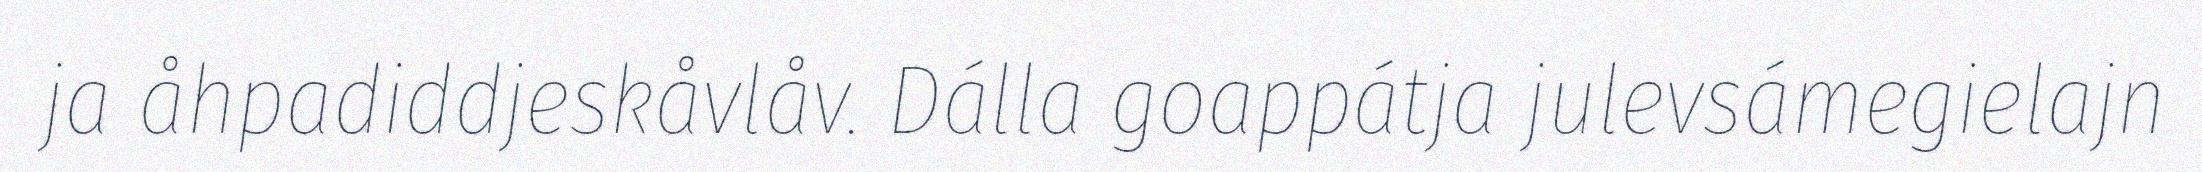
ja åhpadiddjeskåvlåv. Dálla goappátja julevsámegielajn